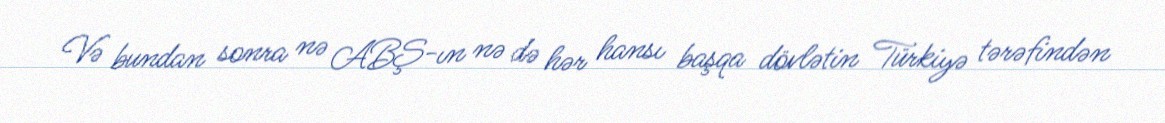
Və bundan sonra nə ABŞ-ın nə də hər hansı başqa dövlətin Türkiyə tərəfindən